Medical and sanitary report of the native army of Madras for the year
Year: 1878
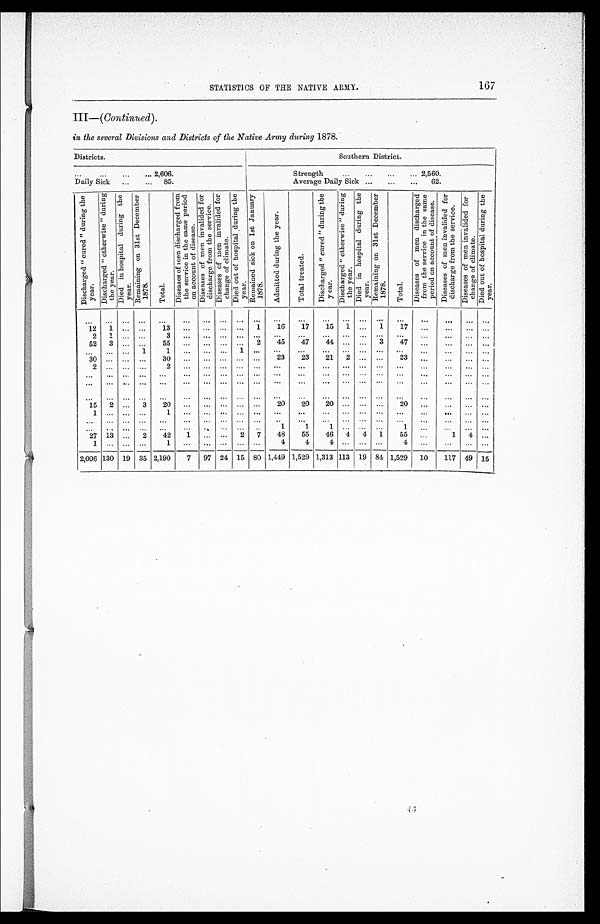
167
STATISTICS OF THE NATIVE ARMY.
III— (Continued).
in the several Divisions and Districts of the Native Army during 1878.
Districts.
Southern District.
. . . 2,606.
Strength . . . 2,560.
Daily Sick . . . 85.
Average Daily Sick . . . 62.
D i s c h a r g e d " c u r e d " d u r i n g t h e y e a r . D i s c h a r g e d " o t h e r w i s e " d u r i n g t h e y e a r .
D i e d i n h o s p i t a l d u r i n g t h e y e a r .
R e m a i n i n g o n 3 1 s t D e c e m b e r 1 8 7 8 .
T o t a l .
D i s e a s e s o f m e n d i s c h a r g e d f r o m t h e s e r v i c e i n t h e s a m e p e r i o d o n a c c o u n t o f d i s e a s e .
D i s e a s e s o f m e n i n v a l i e d f o r d i s c h a r g e d f r o m t h e s e r v i c e .
D i s e a s e s o f m e n i n v a l i d e d f o r c h a n g e o f c l i m a t e .
D i e d o u t o f h o s p i t a l d u r i n g t h e y e a r .
R e m a i n e d s i c k o n 1 s t J a n u a r y 1 8 7 8 .
A d m i t t e d d u r i n g t h e y e a r .
T o t a l t r e a t e d .
D i s c h a r g e d " c u r e d " d u r i n g t h e y e a r .
D i s c h a r g e d " o t h e r w i s e " d u r i n g t h e y e a r .
D i e d i n h o s p i t a l d u r i n g t h e y e a r .
R e m a i n i n g o n 3 1 s t D e c e m b e r 1 8 7 8 .
T o t a l .
D i s e a s e s o f m e n d i s c h a r g e d f r o m t h e s e r v i c e i n t h e s a m e p e r i o d o n a c c o u n t o f d i s e a s e .
D i s e a s e o f m e n i n v a l i d e d f o r d i s c h a r g e f r o m t h e s e r v i c e .
D i s e a s e s o f m e n i n v a l i d e d f o r c h a n g e o f c l i m a t e .
D i e d o u t o f h o s p i t a l d u r i n g t h e y e a r .
. . . . . .
. . .
. . .
. . .
. . .
. . .
. . .. . .
. . .
. . .
. . .
. . .
. . .
. . .
. . .
. . .
. . .
. . .
. . .
. . .
12
1
. . .
. . .
1 3
. . .
. . .
. . .. . .
1
16
17
15
1
. . .
1
17
. . .
. . .
. . .
. . .
2
1
. . .
. . .
3
. . .
. . .
. . .. . .
. . .
. . .
. . .
. . .
. . .
. . .
. . .
. . .
. . .
. . .
. . .
. . .
52
3
. . .
. . .
55
. . .
. . .
. . .. . .
2
45
47
44
. . .
. . .
3
47
. . .
. . .
. . .
. . .
. . . . . .
. . .
1
1
. . .
. . .
. . .
1
. . .
. . .
. . .
. . .
. . .
. . .
. . .
. . .
. . .
. . .
. . .
. . .
30
. . .
. . .
. . .
3 0
. . .
. . .
. . .
. . .
. . .
23
23
21
2
. . .
. . .
23
. . .
. . .
. . .
. . .
2
. . .
. . .
. . .
2
. . .
. . .
. . .
. . .
. . .
. . .
. . .
. . .
. . .
. . .
. . .
. . .
. . .
. . .
. . .
. . .
. . .
. . .
. . .
. . .
. . .
. . .
. . .
. . .
. . .
. . .
. . .
. . .
. . .
. . .
. . .
. . .
. . .
. . .
. . .
. . .
. . .
. . .
. . .
. . .
. . .
. . .
. . .
. . .
. . .
. . .
. . .
. . .
. . .
. . .
. . .
. . .
. . .
. . .
. . .
. . .
. . .
. . .
. . .
. . .
. . .
. . .
. . .
. . .
. . .
. . .
. . .
. . .
. . .
. . .
. . .
. . .
. . .
. . .
. . .
. . .
. . .
. . .
. . .
15
2
. . .
3
20
. . .
. . .
. . .
. . .
. . .
20
20
20
. . .
. . .
. . .
20
. . .
. . .
. . .
. . .
1
. . .
. . .
. . .
1
. . .
. . .
. . .
. . .
. . .
. . .
. . .
. . .
. . .
. . .
. . .
. . .
. . .
. . .
. . .
. . .
. . . . . .
. . .
. . .
. . .
. . .
. . .
. . .
. . .
. . .
. . .
. . .
. . .
. . .
. . .
. . .
. . .
. . .
. . .
. . .
. . .
. . .
. . .
. . .
. . .
. . .
. . .
. . .
. . . . . .
. . .
1
1
1
. . .
. . .
. . .
1
. . .
. . .
. . .
. . .
27
13
. . .
2
42
1
. . .
. . .
2
7
48
55
46
4
4
1
55
. . .
1
4
. . .
1
. . .
. . .
. . .
1
. . .
. . .
. . .
. . .
. . .
4
4
4
. . .
. . .
. . .
4
. . .
. . .
. . .
. . .
2,006 130
19
35 2,190
7
97
24
15
80 1,449 1,529 1,313 113
19
8 4
1,529
10
117
49
15